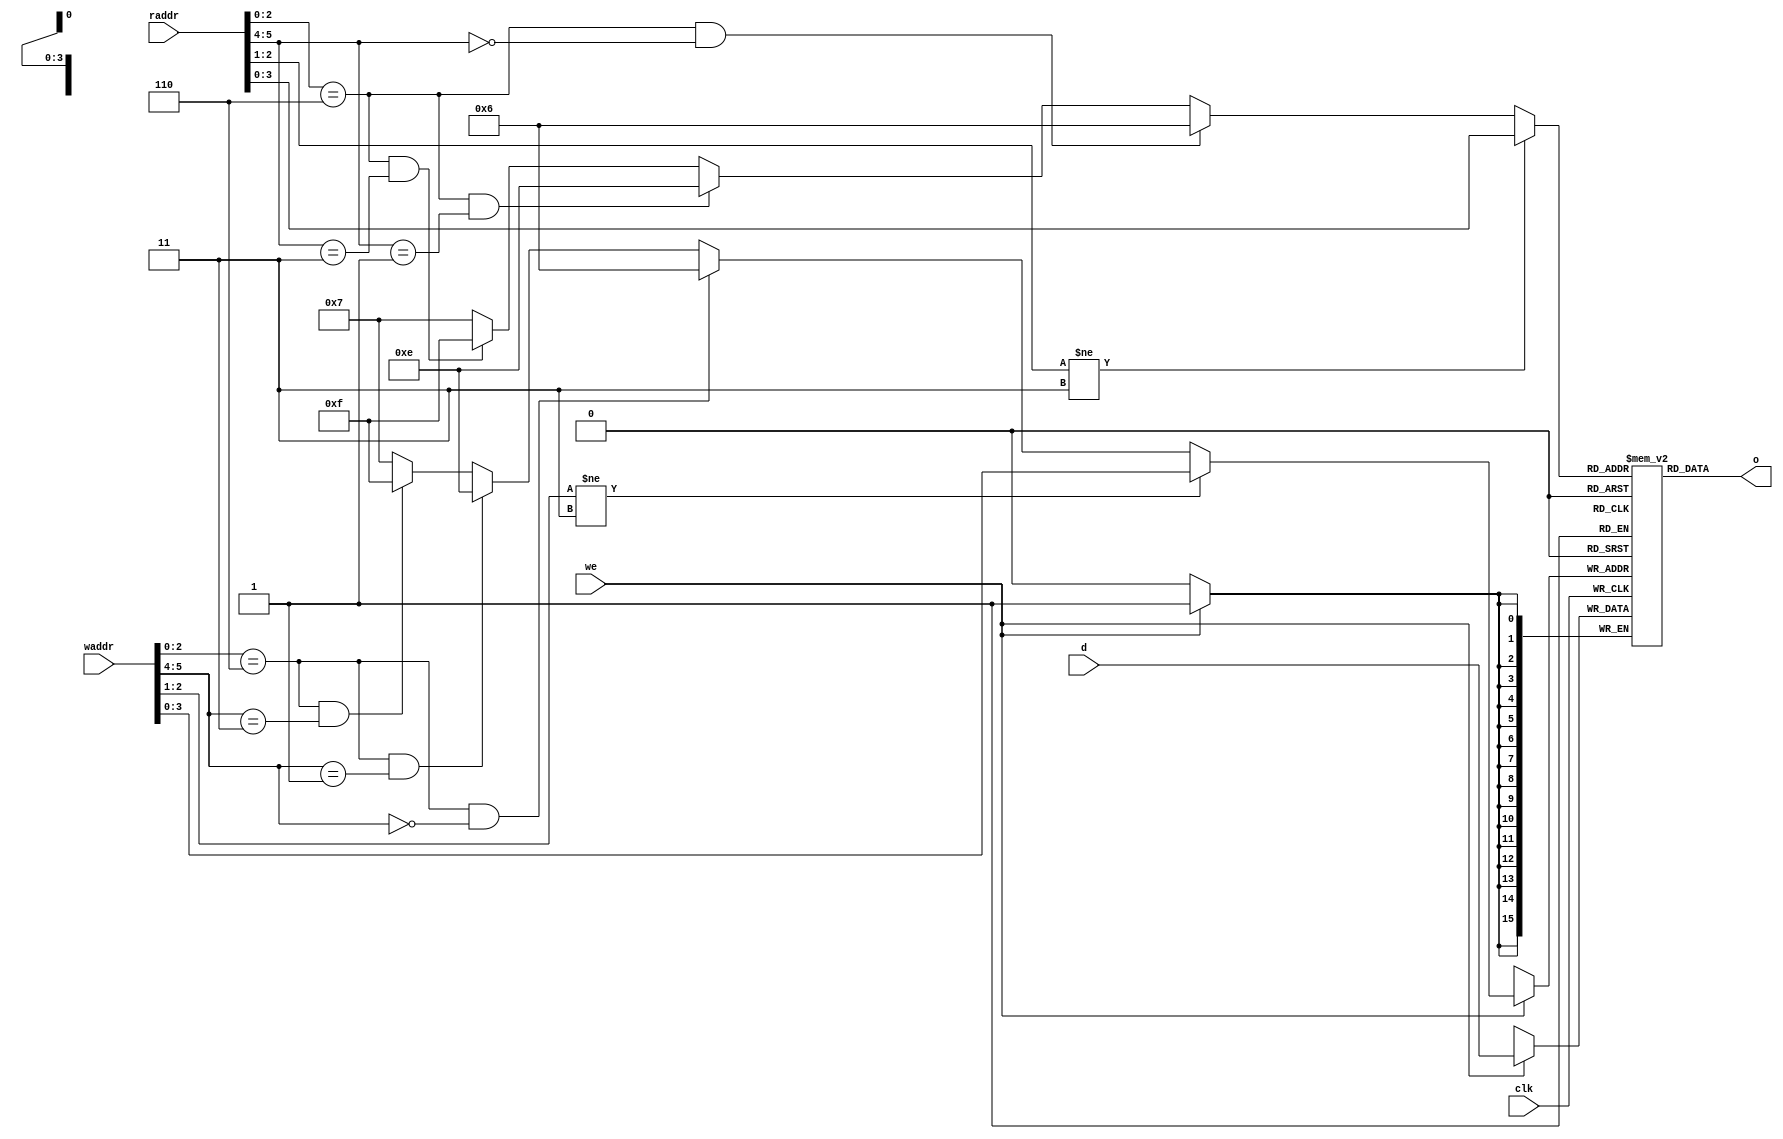
//======================================================================================================
//      PDP2011
//======================================================================================================
module cpuregs (

   input[5:0] raddr, 
   input[5:0] waddr, 
   input[15:0] d, 
   output [15:0] o, 
   input we, 
   input clk
);

 
//      
reg[15:0] regs[15:0]; 
//     
wire[3:0] loc_raddr; 
wire[3:0] loc_waddr; 

//   
//  0-2 -  
//    3 - psw[11] -   , 0  1
//  4-5 -  :
//            00 - kernel
//            01 - supervisor
//            11 - user

//     
//
//  0           R0,  0
//  1           R1,  0
//  2           R2,  0
//  3           R3,  0
//  4           R4,  0
//  5           R5,  0
//  6           SP  KERNEL
//  7           *   PC -  
//  8           R0,  1
//  9           R1,  1
//  10          R2,  1 
//  11          R3,  1 
//  12          R4,  1
//  13          R5,  1 
//  14          SP  Supervisor
//  15          SP  USER      
//   
assign loc_raddr = (raddr[2:1] != 2'b11) ? raddr[3:0] :                       //  R0-R5 -    
                   (raddr[2:0] == 3'b110 & raddr[5:4] == 2'b00) ? 4'b0110 :   // SP  KERNEL
                   (raddr[2:0] == 3'b110 & raddr[5:4] == 2'b01) ? 4'b1110 :   // SP  Supervisor
                   (raddr[2:0] == 3'b110 & raddr[5:4] == 2'b11) ? 4'b1111 :   // SP  USER
                   4'b0111 ;
               
assign loc_waddr = (waddr[2:1] != 2'b11) ? waddr[3:0] : 
                    (waddr[2:0] == 3'b110 & waddr[5:4] == 2'b00) ? 4'b0110 : 
                    (waddr[2:0] == 3'b110 & waddr[5:4] == 2'b01) ? 4'b1110 : 
                    (waddr[2:0] == 3'b110 & waddr[5:4] == 2'b11) ? 4'b1111 : 
                    4'b0111 ;

//   - 
assign o = regs[loc_raddr] ;

//    
always @(posedge clk) begin
   if (we == 1'b1) regs[loc_waddr] <= d ; 
end 

   
   
endmodule